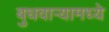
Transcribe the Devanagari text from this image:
बुधवार्‍यामध्ये